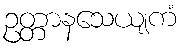
ဥတ္တာနသေယျကံ